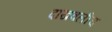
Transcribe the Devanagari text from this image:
दाखवलीच